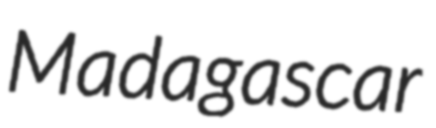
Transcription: Madagascar